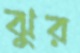
ঝুর